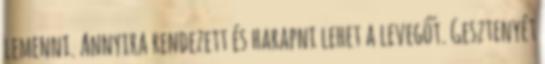
lemenni. Annyira rendezett és harapni lehet a levegőt. Gesztenyét